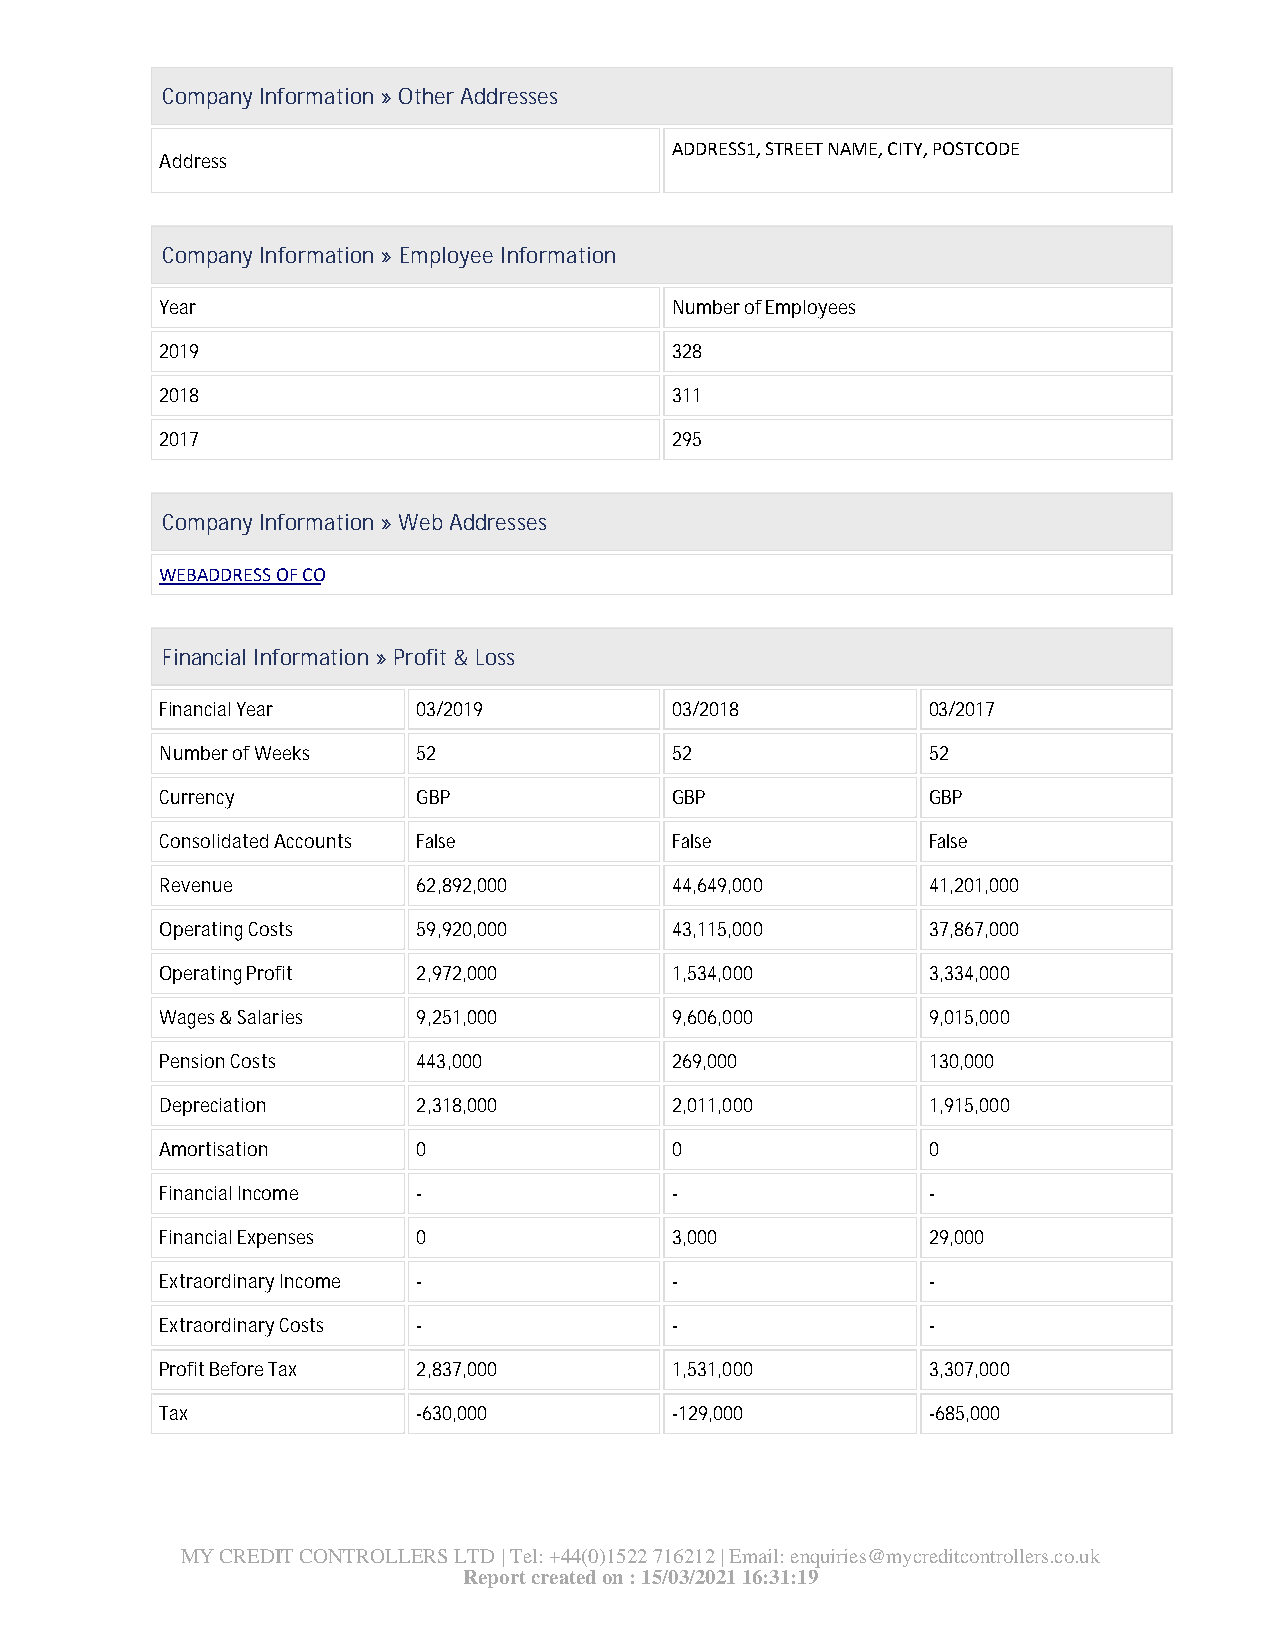
Company Information » Other Addresses
 ADDRESS1, STREET NAME, CITY, POSTCODE
 Address
 Company Information » Employee Information
 Year                             Number of Employees
 2019                             328
 2018                             311
 2017                             295
 Company Information » Web Addresses
 WEBADDRESS OF CO
 Financial Information » Profit & Loss
 Financial Year   03/2019         03/2018          03/2017
 Number of Weeks  52              52               52
 Currency         GBP             GBP              GBP
 Consolidated Accounts False      False            False
 Revenue          62,892,000      44,649,000       41,201,000
 Operating Costs  59,920,000      43,115,000       37,867,000
 Operating Profit 2,972,000       1,534,000        3,334,000
 Wages & Salaries 9,251,000       9,606,000        9,015,000
 Pension Costs    443,000         269,000          130,000
 Depreciation     2,318,000       2,011,000        1,915,000
 Amortisation     0               0                0
 Financial Income -               -                -
 Financial Expenses 0             3,000            29,000
 Extraordinary Income -           -                -
 Extraordinary Costs -            -                -
 Profit Before Tax 2,837,000      1,531,000        3,307,000
 Tax              -630,000        -129,000         -685,000
 MY CREDIT CONTROLLERS LTD | Tel: +44(0)1522 716212 | Email: enquiries@mycreditcontrollers.co.uk
 Report created on : 15/03/2021 16:31:19